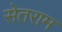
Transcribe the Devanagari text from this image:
सेतराम